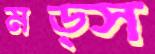
মড্স